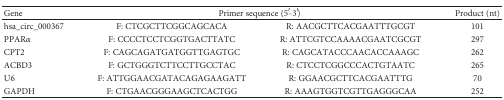
<table><thead><tr><td><b>Gene</b></td><td colspan="2"><b>Primer sequence (5′-3′)</b></td><td><b>Product (nt)</b></td></tr></thead><tbody><tr><td>hsa_circ_000367</td><td>F: CTCGCTTCGGCAGCACA</td><td>R: AACGCTTCACGAATTTGCGT</td><td>101</td></tr><tr><td>PPAR<i>α</i></td><td>F: CCCCTCCTCGGTGACTTATC</td><td>R: ATTCGTCCAAAACGAATCGCGT</td><td>297</td></tr><tr><td>CPT2</td><td>F: CAGCAGATGATGGTTGAGTGC</td><td>R: CAGCATACCCAACACCAAAGC</td><td>262</td></tr><tr><td>ACBD3</td><td>F: GCTGGGTCTTCCTTGCCTAC</td><td>R: CTCCTCGGCCCACTGTAATC</td><td>265</td></tr><tr><td>U6</td><td>F: ATTGGAACGATACAGAGAAGATT</td><td>R: GGAACGCTTCACGAATTTG</td><td>70</td></tr><tr><td>GAPDH</td><td>F: CTGAACGGGAAGCTCACTGG</td><td>R: AAAGTGGTCGTTGAGGGCAA</td><td>252</td></tr></tbody></table>